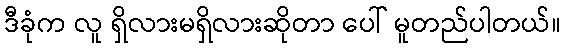
ဒီခုံက လူ ရှိလားမရှိလားဆိုတာ ပေါ် မူတည်ပါတယ်။